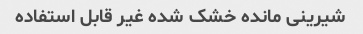
شیرینی مانده خشک شده غیر قابل استفاده